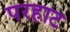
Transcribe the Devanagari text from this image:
परहाट